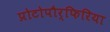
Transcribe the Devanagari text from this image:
प्रोटोपौर्फिरिया